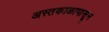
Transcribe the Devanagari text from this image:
अस्तकाळापासून